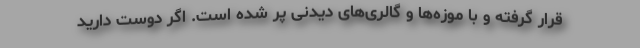
قرار گرفته و با موزه‌ها و گالری‌های دیدنی پر شده است. اگر دوست دارید